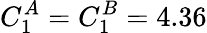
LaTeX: C_{1}^{A}=C_{1}^{B}=4.36